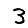
Digit: 3